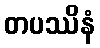
တပဿိနံ